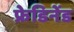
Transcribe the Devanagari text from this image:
फ्रेडिनेंड